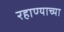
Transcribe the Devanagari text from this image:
रहाण्याच्या